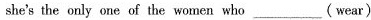
she'sthe only one of the women who___(wear)